Indian Medical Review
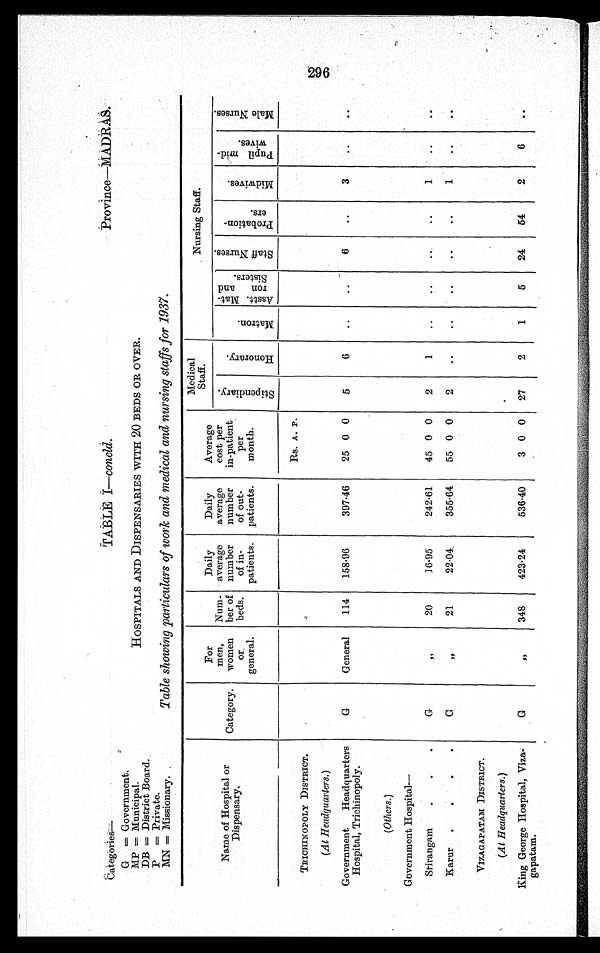
Categories—
G = Government.
MP = Municipal.
DB = District Board.
P = Private.
MN = Missionary.
TABLE I—concld.
HOSPITALS AND DISPENSARIES WITH 20 BEDS OR OVER.
Table showing particulars of work and medical and nursing staffs for 1937.
Province—MADRAS.
Name of Hospital or
Dispensary.
Category.
For
men,
women
or
general.
Num-
ber of
beds.
Daily
average
number
of in-
patients.
Daily
average
number
of out-
patients.
Average
cost per
in-patient
per
month.
Medical
Staff.
Nursing Staff.
S t i p e n d i a r y .
H o n o r a r y .
M a t r o n .
Asst. Mat-
ron and
Sisters.
S t a f f N u r s e s .
P r o b a t i o n -
e r s .
M i d w i v e s .
P u p i l m i d -
w i v e s .
M a l e N u r s e s .
Rs. A. P.
TRICHINOPOLY DISTRICT.
(At Headquarters.)
Government Headquarters
Hospital, Trichinopoly.
G
General
114
158.96
397·46
25 0 0
5
6 ..
..
6
..
3
. .
. .
(Others.)
Government Hospital —
Stirangam
G
„
20
16·95
242·61
45 0 0
2
1 ..
..
..
..
1
..
..
Karur
G
, , 21
22·04
355·64
55 0 0
2
..
..
..
..
..
1
..
..
VIZAGAPATAM DISTRICT.
(At Headquarters.)
.
King George Hospital, Viza-
gapatam.
G
, , 348
423·24
536·40
3 0 0
27
2
1
5
24
54
2
6
..
296